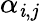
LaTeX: \alpha_{\mathit{i},j}